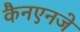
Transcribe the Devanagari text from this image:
कैनएनजे